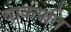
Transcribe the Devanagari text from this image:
वाकपति